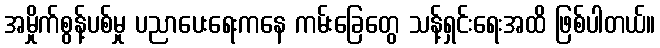
အမှိုက်စွန့်ပစ်မှု ပညာပေးရေးကနေ ကမ်းခြေတွေ သန့်ရှင်းရေးအထိ ဖြစ်ပါတယ်။